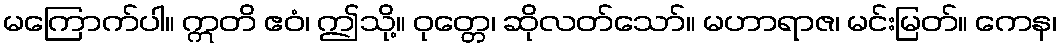
မကြောက်ပါ။ ဣတိ ဧဝံ၊ ဤသို့။ ဝုတ္တေ၊ ဆိုလတ်သော်။ မဟာရာဇ၊ မင်းမြတ်။ ကေန၊